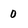
Character: 0